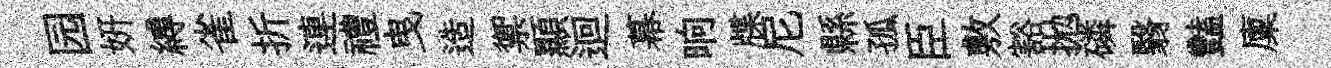
园妍縛雀折連禮曳造禦顯迴幕晌牒尼縣孤臣敷豁拋磷翳豔廩